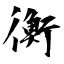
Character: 衡